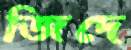
জিদে